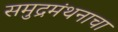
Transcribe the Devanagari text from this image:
समुद्रमंथनाचा